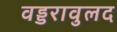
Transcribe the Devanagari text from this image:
वड्डरावुलद